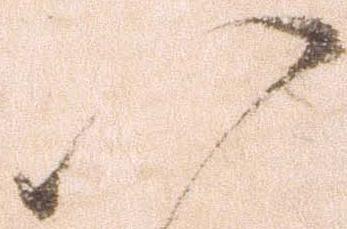
以